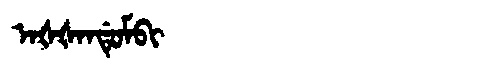
Manchu: ᠠᡧᡧᠠᠨᡩᡠᠮᠪᡳ
Romanization: AŠŠANDUMBI